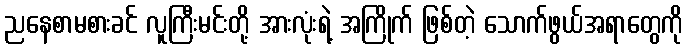
ညနေစာမစားခင် လူကြီးမင်းတို့ အားလုံးရဲ့ အကြိုက် ဖြစ်တဲ့ သောက်ဖွယ်အရာတွေကို